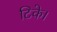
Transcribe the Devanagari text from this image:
टिके।